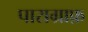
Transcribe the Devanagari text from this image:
पाराग्राफ़